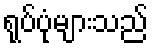
ရုပ်ပုံများသည်